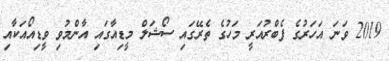
2019 ވަނަ އަހަރުގެ ފެބްރުއަރީ މަހުގެ ތެރޭގައި ސޯޝަލް މީޑިއާގައި އާންމުވި ވީޑިއޯއަކާއި